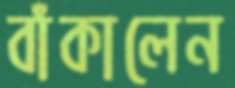
বাঁকালেন